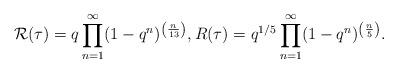
LaTeX: \begin{align*} \mathcal{R}(\tau) = q \prod_{n=1}^{\infty} (1-q^{n})^{\left( \frac{n}{13} \right)}, R(\tau) = q^{1/5} \prod_{n=1}^{\infty} (1-q^{n})^{\left( \frac{n}{5} \right)}.\end{align*}